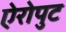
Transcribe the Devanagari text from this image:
ऐरोपुट